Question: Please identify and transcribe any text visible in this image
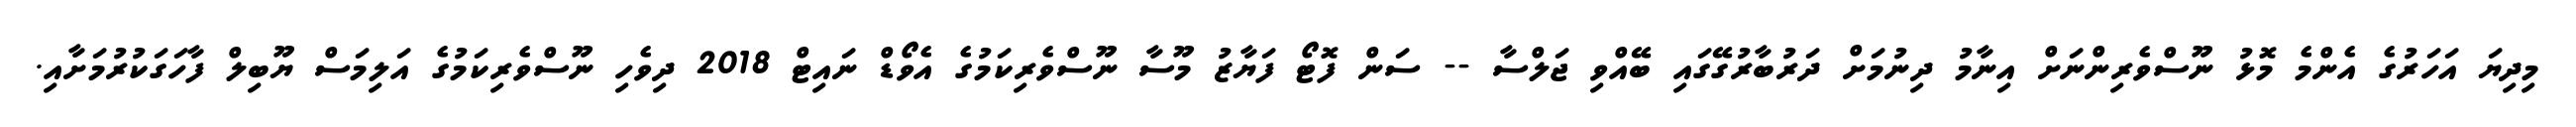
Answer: މިދިޔަ އަހަރުގެ އެންމެ މޮޅު ނޫސްވެރިންނަށް އިނާމު ދިނުމަށް ދަރުބާރުގޭގައި ބޭއްވި ޖަލްސާ -- ސަން ފޮޓޯ ފަޔާޒު މޫސާ ނޫސްވެރިކަމުގެ އެވޯޑް ނައިޓް 2018 ދިވެހި ނޫސްވެރިކަމުގެ އަލިމަސް ޔޫބިލް ފާހަގަކުރުމަށާއި.